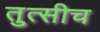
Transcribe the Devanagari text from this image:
तुत्‍सीच